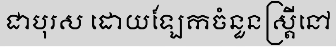
ជាបុរស ដោយឡែកចំនួនស្ត្រីនៅ